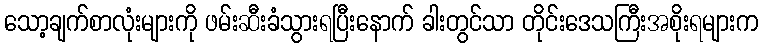
သော့ချက်စာလုံးများကို ဖမ်းဆီးခံသွားရပြီးနောက် ခါးတွင်သာ တိုင်းဒေသကြီးအစိုးရများက